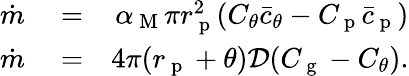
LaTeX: \begin{array}{rlr}{\dot{m}}&{{}=}&{\alpha_{\mathrm{~M~}}\pi r_{\mathrm{~p~}}^{2}(C_{\theta}\bar{c}_{\theta}-C_{\mathrm{~p~}}\bar{c}_{\mathrm{~p~}})}\\ {\dot{m}}&{{}=}&{4\pi(r_{\mathrm{~p~}}+\theta)\mathcal{D}(C_{\mathrm{~g~}}-C_{\theta}).}\end{array}